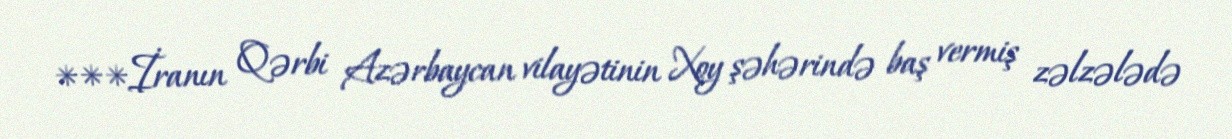
***İranın Qərbi Azərbaycan vilayətinin Xoy şəhərində baş vermiş zəlzələdə